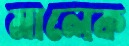
মালেক